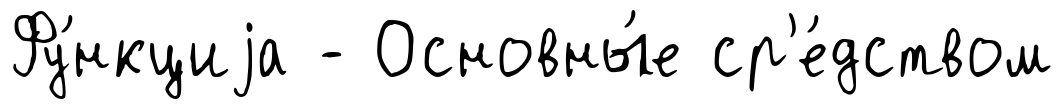
Фу́нкциjа - Основны́е ср'е́дством